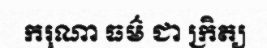
ករុណា ធម៌ ជា ក្រិត្យ